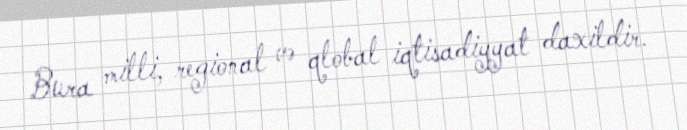
Bura milli, regional və qlobal iqtisadiyyat daxildir.